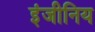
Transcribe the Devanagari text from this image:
इंजीनिय